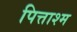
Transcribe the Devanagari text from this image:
पित्ताश्म